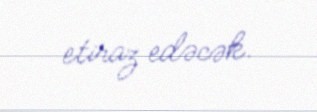
etiraz edəcək.